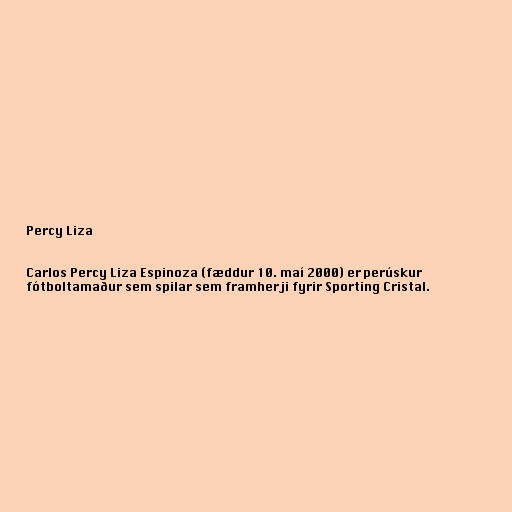
Percy Liza

Carlos Percy Liza Espinoza (fæddur 10. maí 2000) er perúskur
fótboltamaður sem spilar sem framherji fyrir Sporting Cristal.